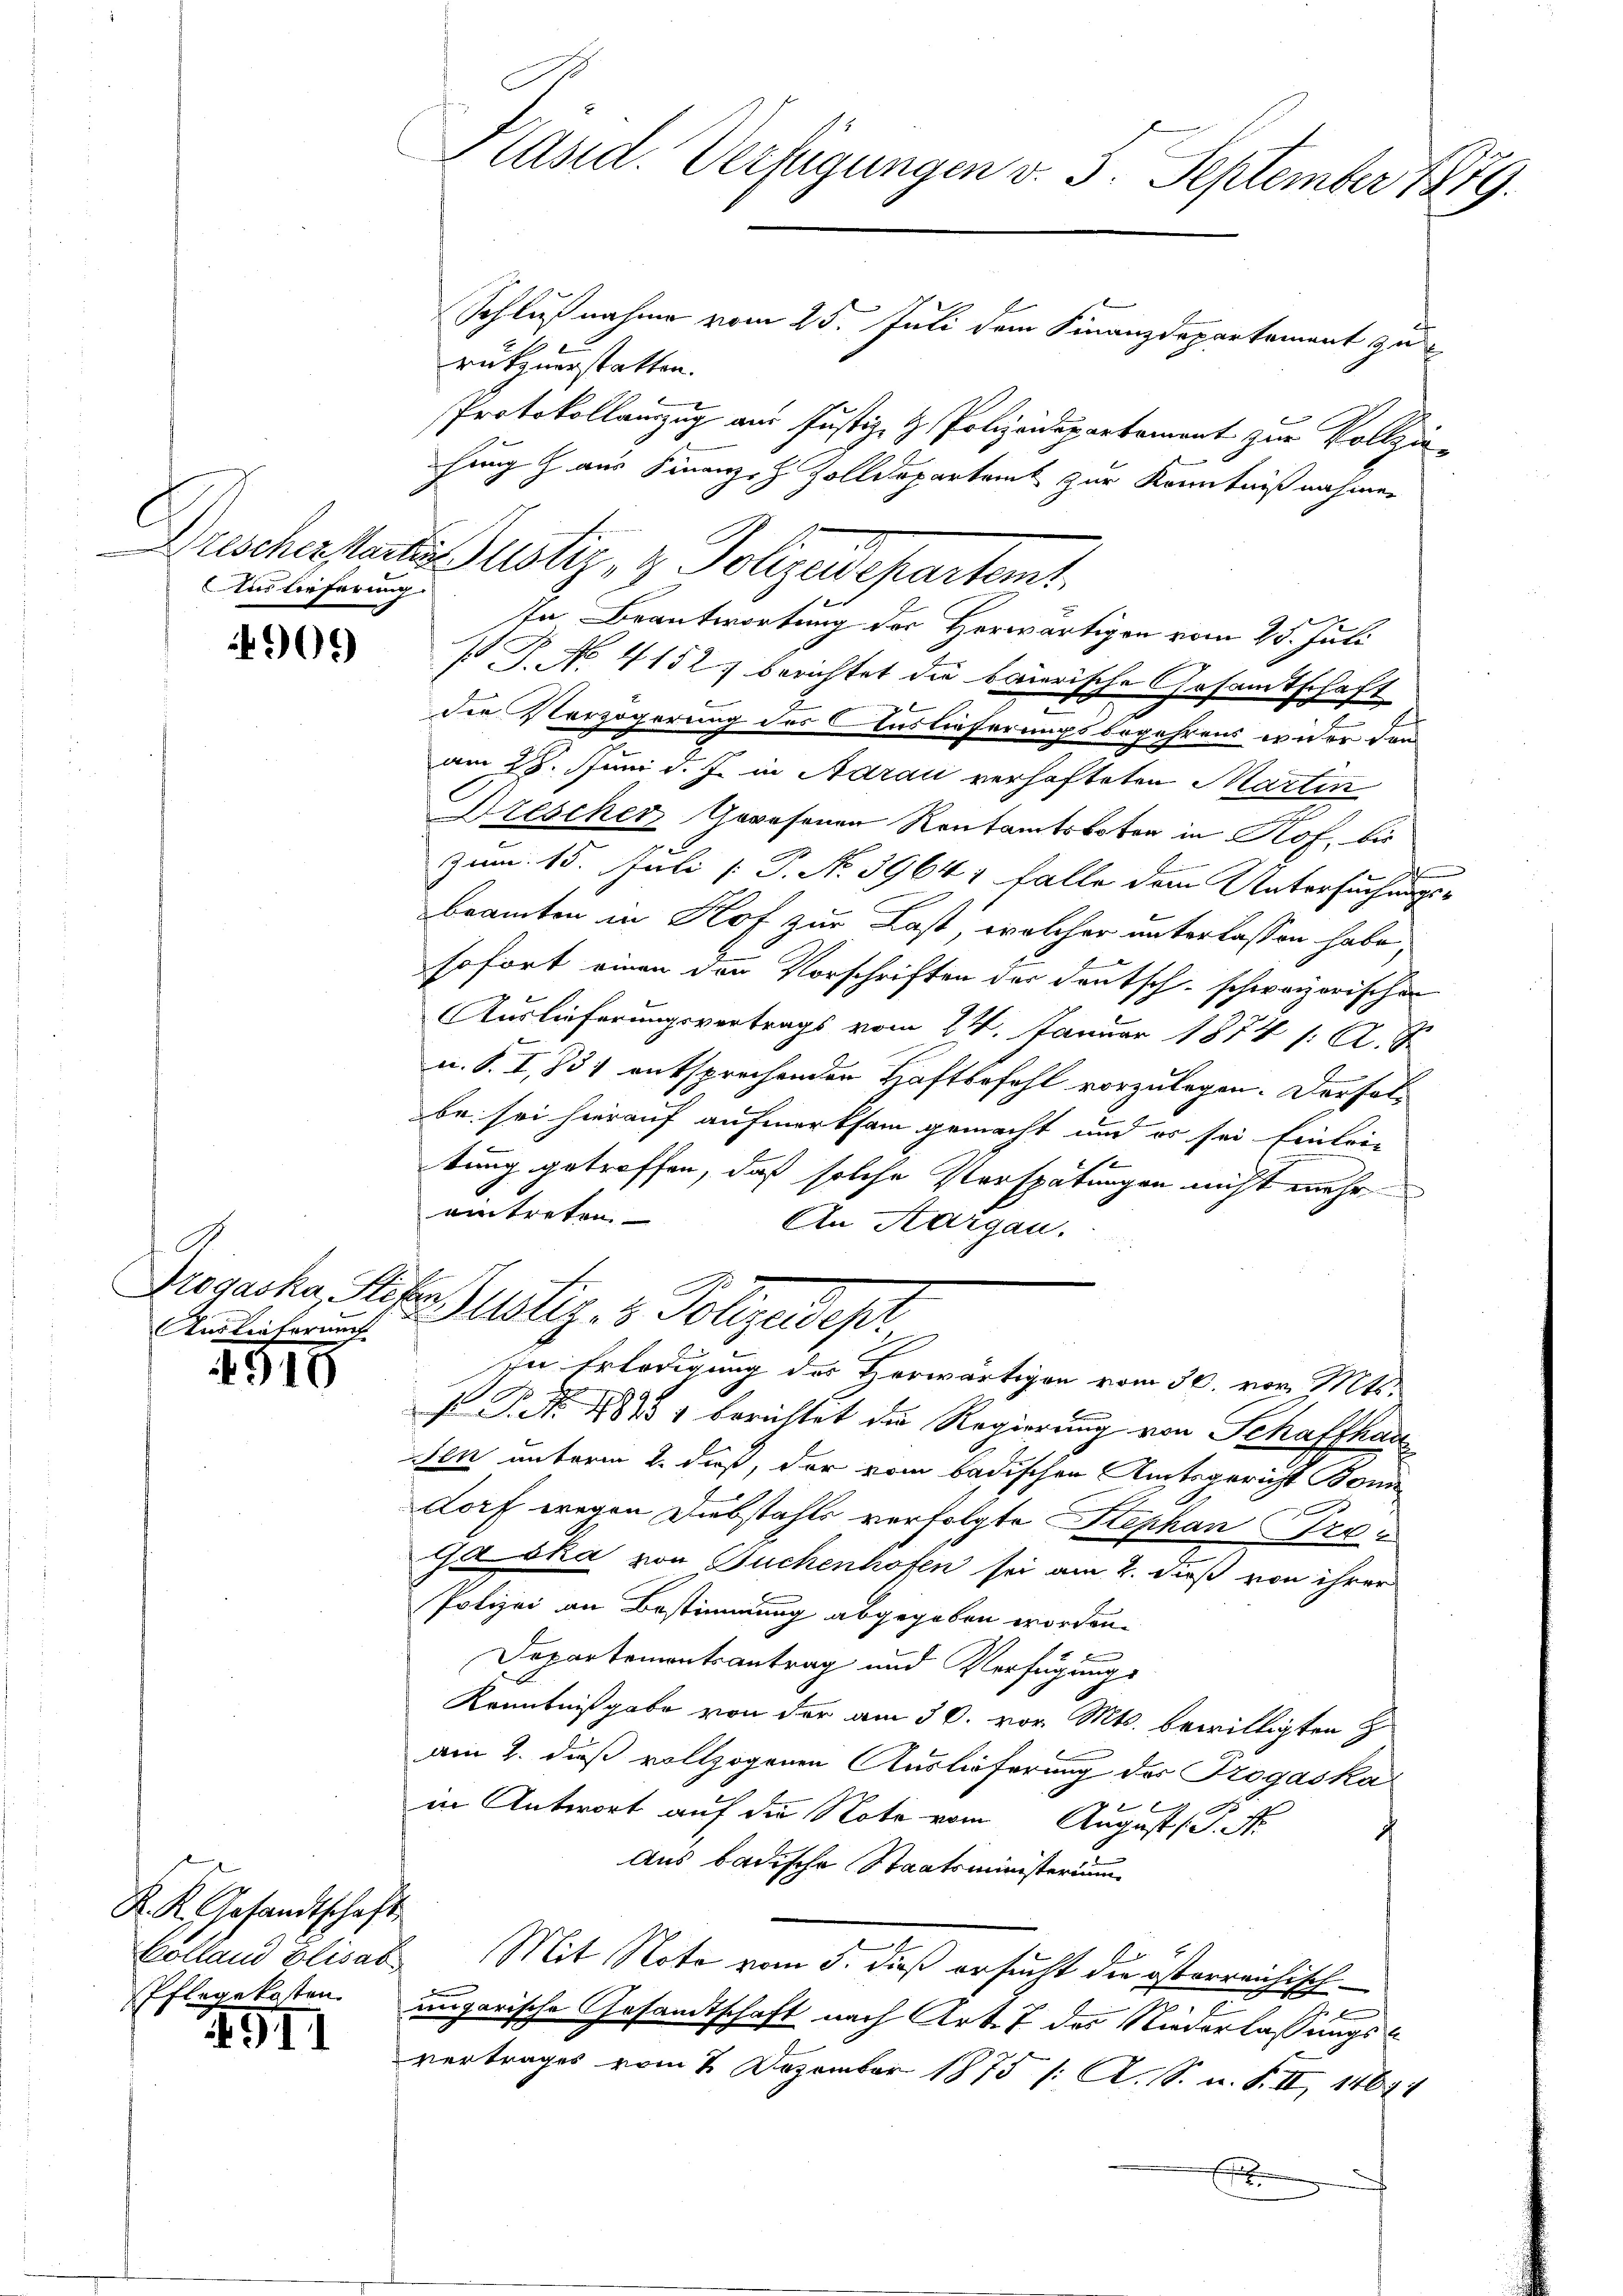
Auslieferung.

909

A
Auslieferung

4918

K. K. Gesandtschaft
Pflegekosten

157

Präsid. Verfügungen v. 5. September 1879.

Schlußnahme vom 25. Juli dem Finanzdepartement zu
rükzuerstatten.
se Beantwortung der Herwärtigen vom 25. Juli
s J. No. 4152) berichtet die baierische Gesamtschaft

die Verzögerung des Auslieferungsbo-
jahrend weder den
am 28. Juni d. J. in Aarau verhafteten Martin
Drescher Gewesenen Rentamtsboten in Kof, bis
E
zum 15. Juli [ P. N. 39641 falle den Untersuchungs-
beamten in Hof zur Last, welcher unterlassen habe,
sofort einen den Vorschriften der Deutsch-schweizerischer
Auslieferungsvertrags vom 24. Januar 1874 s. A. S
u. S. I, 831 entsprechenden Haftbefehl vorzulegen. Der falbe sei hierauf aufmerksam gemacht und er sei Einleitung getroffen, daß solche Verspätungen nicht mehr
eintreten
An Aargau.
Dissache Stets nötig, 1 Polizeidept
in Erledigung des Herwärtigen vom 30. vor. Mts.
A
f. No 48451 berichtet die Regierung von Schaffhau
Jen unterm 2. dieß, der vom badischen Amtsgericht Bonn
dorf wegen Diebstahls verfolgte Stephan Pro¬
Gaska von Suchenhofen sei am 2. dieß von ihrer
Polizei an Bestimmung abgegeben worden.
Departementsantrag und Verfügungs
Kenntnißgabe von der am 30. vor. Mts. bewilligten H
am 2. daß vollzogenen Auslieferung des Trogaska
in Antwort auf die Note vom Augusts P. Nr.
Aus badische Staatsministerium
Colland Elisab. Mit Note vom 5. dieß ersucht die österreichisch
ungarische Gesandtschaft nach Art. 7 des Niederlaßungsvertrages vom 2. Dezember 1875 (: A. S. u. F. II, 14671
f

Duscherstein Justiz- & Polizeidepartamt

Protokollauszug aus Justiz- & Polizeidepartement zur Vollziehung aus Finanz-H Zolldepartamt zur Kenntnißnahmen